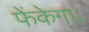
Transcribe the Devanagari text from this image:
फेंकेगा।